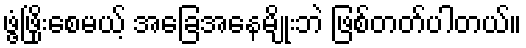
ဖွံ့ဖြိုးစေမယ့် အခြေအနေမျိုးဘဲ ဖြစ်တတ်ပါတယ်။